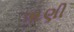
ૠણી